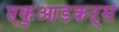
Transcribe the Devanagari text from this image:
एकुआडकट्स